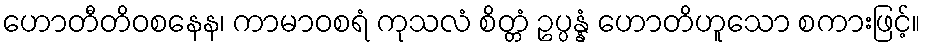
ဟောတီတိဝစနေန၊ ကာမာဝစရံ ကုသလံ စိတ္တံ ဥပ္ပန္နံ ဟောတိဟူသော စကားဖြင့်။